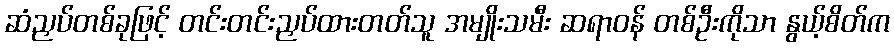
ဆံညှပ်တစ်ခုဖြင့် တင်းတင်းညှပ်ထားတတ်သူ အမျိုးသမီး ဆရာဝန် တစ်ဦးကိုသာ နွယ့်စိတ်က